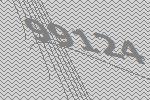
99124